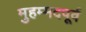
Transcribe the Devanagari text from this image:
मुहम्मदपूर्व